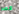
قصر